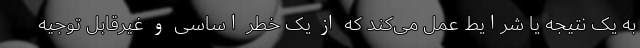
به یک نتیجه یا شرایط عمل می‌کند که از یک خطر اساسی و غیرقابل توجیه